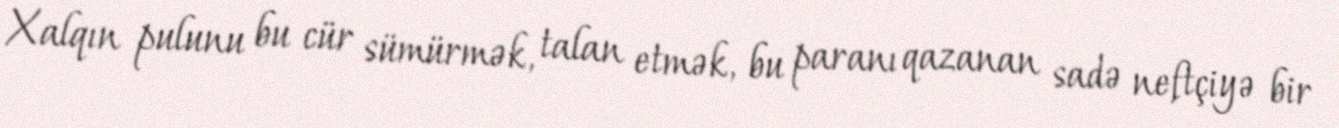
Xalqın pulunu bu cür sümürmək, talan etmək, bu paranı qazanan sadə neftçiyə bir